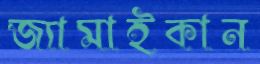
জ্যামাইকান